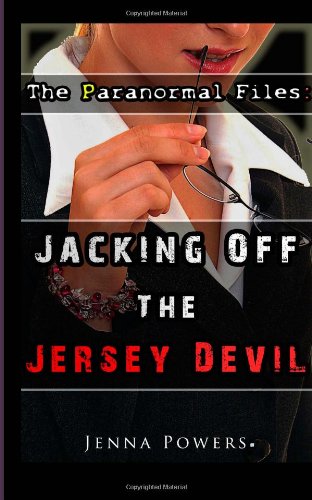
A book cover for The Paranormal Files: Jacking Off the Jersey Devil: Paranormal Erotica; Jenna Powers; Romance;